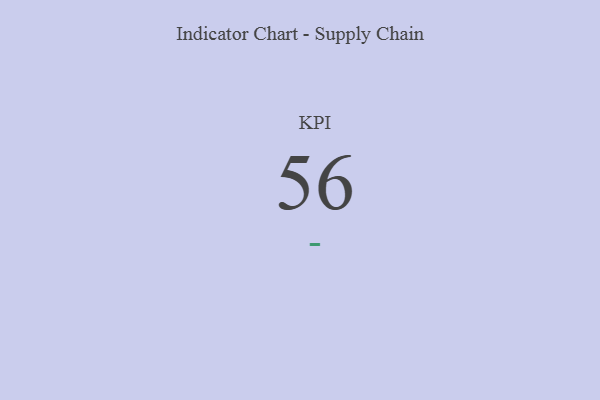
{"axis": {"x": "KPI", "y": "Value"}, "legend": [""], "data": [{"x": "KPI", "y": 56, "type": ""}]}